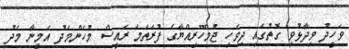
ވަހީދު ވިދާޅުވި ގޮތުގައި ދިވެހި ޖުމްހޫރިއްޔާގެ ފުރަތަމަ ރައީސް މުހަންމަދު އަމީނާ މެދު